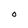
Character: O